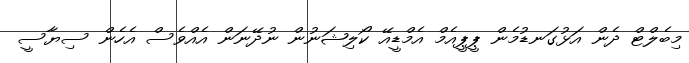
މިބެލްޓް ދެން އަޅުގަނޑުމެން ޕީޕީއެމް އެމްޑީއޭ ކޯލިޝަނުން ނުދޭނަން އެއްވެސް އެހެން ސިޔާސީ